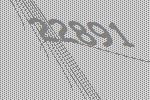
22891